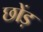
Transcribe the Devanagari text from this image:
छोंड़